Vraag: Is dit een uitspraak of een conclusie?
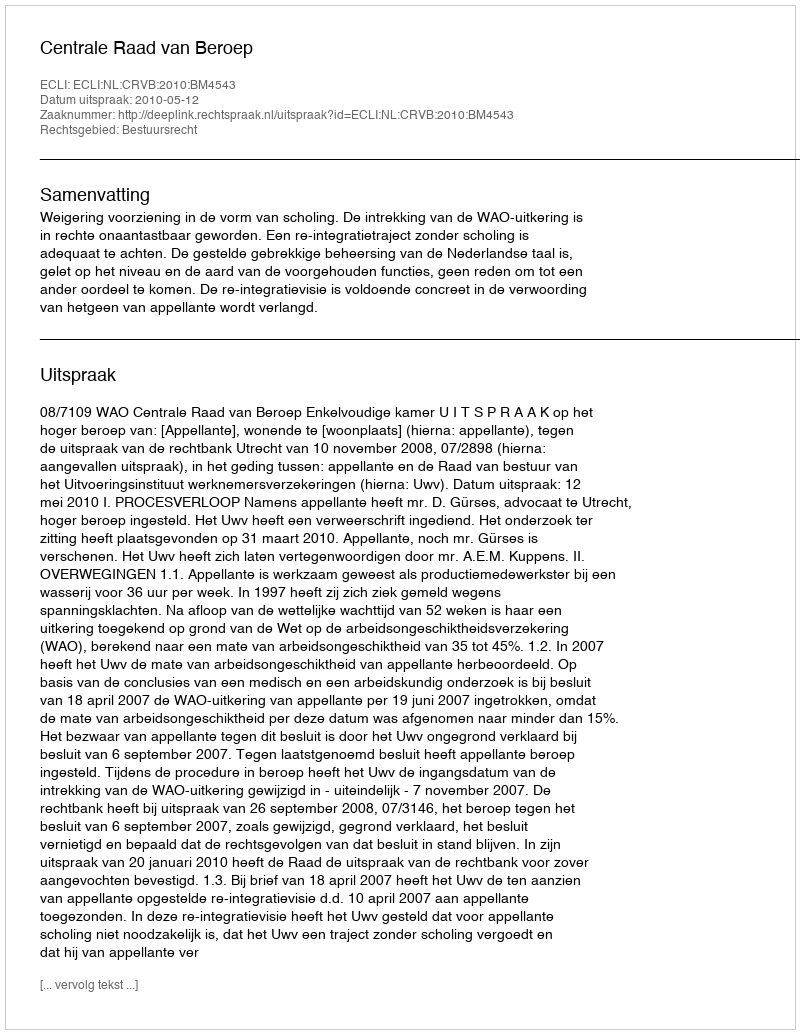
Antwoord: Uitspraak